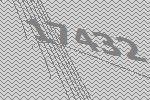
17432